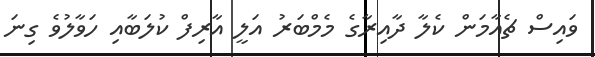
ވައިސް ޗެއާމަން ކެލާ ދާއިރާގެ މެމްބަރު އަލީ އާރިފް ކުލަބާއި ހަވާލުވެ ގިނަ